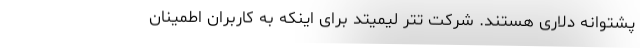
پشتوانه دلاری هستند. شرکت تتر لیمیتد برای اینکه به کاربران اطمینان